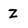
Character: Z